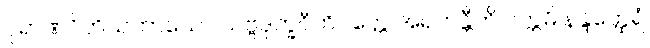
ပုရာဏဂိဟိသဟာယော သဗ္ဗဒုက္ခဝီတိဝတ္တေ အရဟန္တီတိ ပက္ကမိ နန္ဒတ္ထေရံ